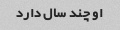
او چند سال دارد